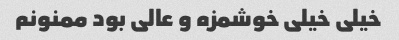
خیلی خیلی خوشمزه و عالی بود ممنونم